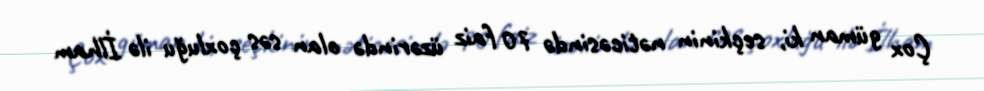
Çox güman ki, seçkinin nəticəsində 70 faiz üzərində olan səs çoxluğu ilə İlham